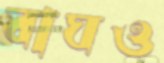
বাঘও